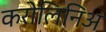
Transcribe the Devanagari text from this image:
करोलिनिअ